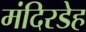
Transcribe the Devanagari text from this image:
मंदिरडेह